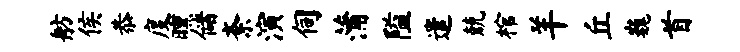
舫侯恭度曛储紊演伺蒲隘遣兢棺羊丘巍首